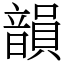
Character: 韻